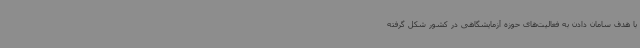
با هدف سامان دادن به فعالیت‌های حوزه آزمایشگاهی در کشور شکل گرفته